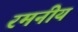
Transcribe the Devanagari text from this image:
रमनीय